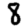
Digit: 8